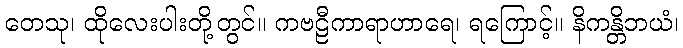
တေသု၊ ထိုလေးပါးတို့တွင်။ ကဗဠီကာရာဟာရေ၊ ရကြောင့်။ နိကန္တိဘယံ၊